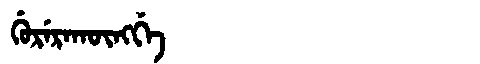
Manchu: ᡤᡠᡵᡝᡵᠠᡴᡡᠩᡤᡝ
Romanization: GURERAKŪNGGE